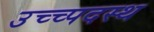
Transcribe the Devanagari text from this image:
उच्च्पदस्थ